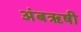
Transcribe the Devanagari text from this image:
अंबॠषी